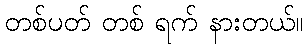
တစ်ပတ် တစ် ရက် နားတယ်။